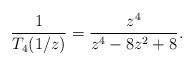
LaTeX: \begin{align*}\frac{1}{T_{4}(1/z)} = \frac{z^{4}}{z^{4}-8z^{2}+8}.\end{align*}